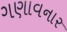
ગણાવનાર